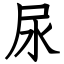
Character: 尿